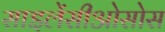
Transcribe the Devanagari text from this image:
साइलेंसीओसोस